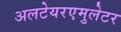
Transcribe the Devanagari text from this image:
अलटेयरएमुलेटर